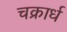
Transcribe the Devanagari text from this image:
चक्रार्ध